Problem: 6 × 8 = ?
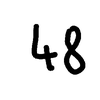
Handwritten answer: 48